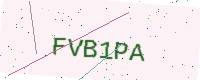
Text: FVB1PA